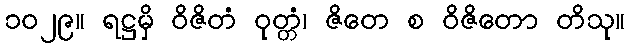
၁၀၂၉။ ရဋ္ဌမှိ ဝိဇိတံ ဝုတ္တံ၊ ဇိတေ စ ဝိဇိတော တိသု။